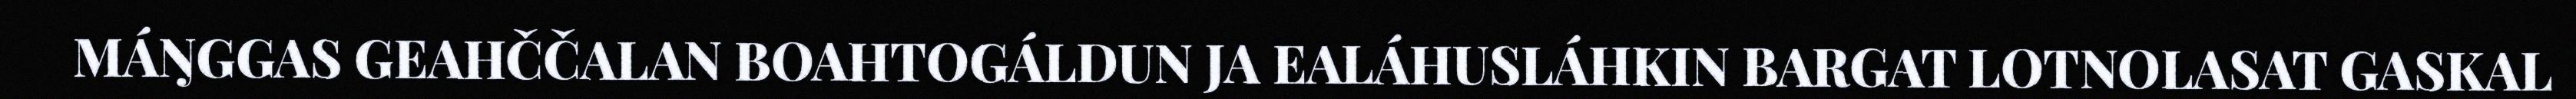
MÁŊGGAS GEAHČČALAN BOAHTOGÁLDUN JA EALÁHUSLÁHKIN BARGAT LOTNOLASAT GASKAL